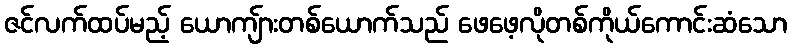
ဇင်လက်ထပ်မည့် ယောကျ်ားတစ်ယောက်သည် ဖေဖေ့လိုတစ်ကိုယ်ကောင်းဆံသော